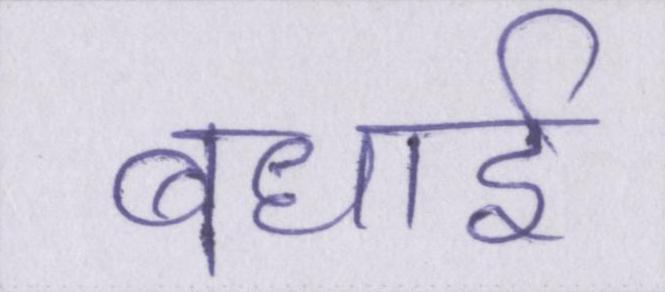
बधाई